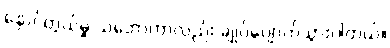
နှောင်တွယ်မှု သဘောဟာလည်း ချုပ်ပျောက်သွားပါတယ်။